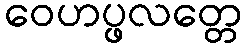
ဝေဟပ္ဖလတ္တေ